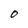
Character: O